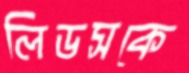
লিডসকে